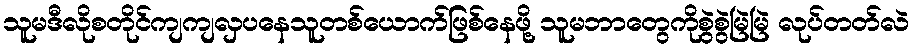
သူမဒီလိုစတိုင်ကျကျလှပနေသူတစ်ယောက်ဖြစ်နေဖို့ သူမဘာတွေကိုစွဲစွဲမြဲမြဲ လုပ်တတ်လဲ